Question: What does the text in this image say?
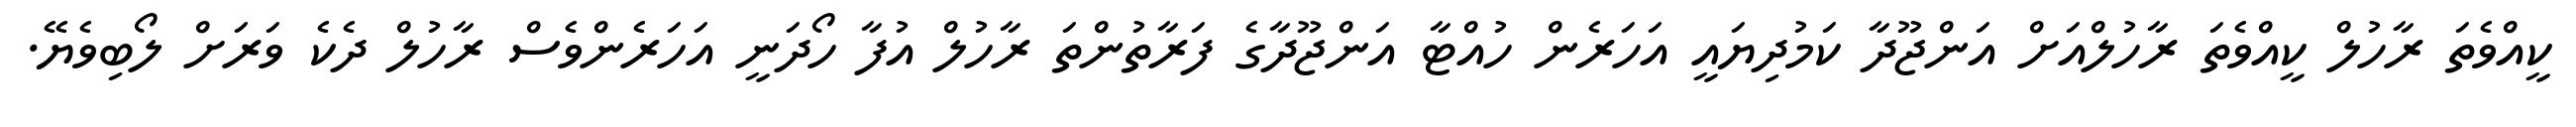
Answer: ކީއްވެތަ ރާހުލް ކީއްވެތަ ރާހުލްއަށް އަންޖޫދާ ކަމުދިޔައީ އަހަރެން ހުއްޓާ އަންޖޫދާގެ ފަރާތުންތަ ރާހުލް އުފާ ހޯދަނީ އަހަރެންވެސް ރާހުލް ދެކެ ވަރަށް ލޯބިވެޔޭ.